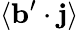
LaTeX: \langle{{\mathbf{b}}^{\prime}\cdot{\mathbf{j}}}\rangle